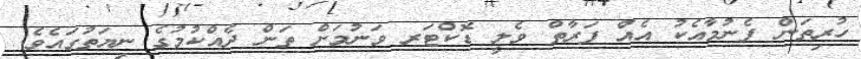
ހުރިތަން ފެނުމާއެކު އެއް ފަރާތް ވެލީ ޑޮކްޓަރ ވަނުމަށް ތަން ދެއްކުމުގެ ނިޔަތުގައެެވެ.